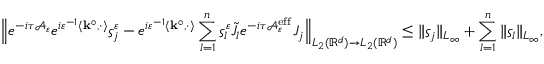
\Bigl \| e ^ { - i \tau \mathcal { A } _ { \varepsilon } } e ^ { i \varepsilon ^ { - 1 } \left\langle \mathbf { k } ^ { \circ } , \cdot \right\rangle } \varsigma _ { j } ^ { \varepsilon } - e ^ { i \varepsilon ^ { - 1 } \left\langle \mathbf { k } ^ { \circ } , \cdot \right\rangle } \sum _ { l = 1 } ^ { n } \varsigma _ { l } ^ { \varepsilon } \tilde { J } _ { l } e ^ { - i \tau \mathcal { A } _ { \varepsilon } ^ { \mathrm { e f f } } } J _ { j } \Bigr \| _ { L _ { 2 } ( \mathbb { R } ^ { d } ) \to L _ { 2 } ( \mathbb { R } ^ { d } ) } \le \| \varsigma _ { j } \| _ { L _ { \infty } } + \sum _ { l = 1 } ^ { n } \| \varsigma _ { l } \| _ { L _ { \infty } } ,